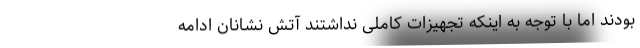
بودند اما با توجه به اینکه تجهیزات کاملی نداشتند آتش نشانان ادامه